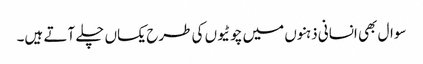
سوال بھی انسانی ذہنوں میں چوٹیوں کی طرح یکساں چلے آتے ہیں۔